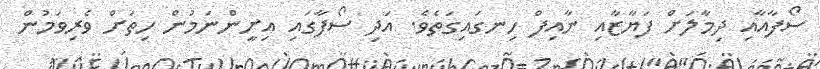
ސޯފާއާއި ދިމާލަށް ފަޔާޒާއި ނާއިފް ހިނގައިގަތެވެ. އަދި ސޯފާގައި އިށީންނަމުން ހިތަށް ވެރިވަމުން